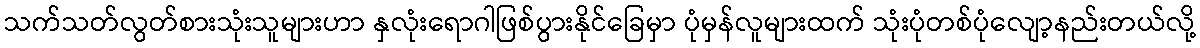
သက်သတ်လွတ်စားသုံးသူများဟာ နှလုံးရောဂါဖြစ်ပွားနိုင်ခြေမှာ ပုံမှန်လူများထက် သုံးပုံတစ်ပုံလျော့နည်းတယ်လို့